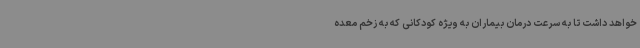
خواهد داشت تا به سرعت درمان بیماران به ویژه کودکانی که به زخم معده